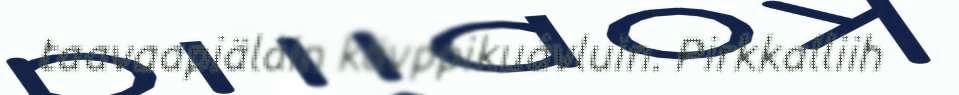
taavaapiäláin kävppikuávluin. Pirkkalliih